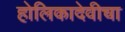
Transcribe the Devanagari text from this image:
होलिकादेवीचा